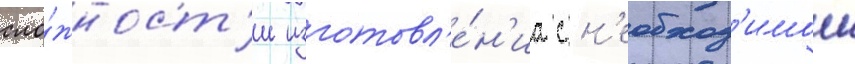
сло́жност'и изготовл'е́н'иа с н'еобход'имои